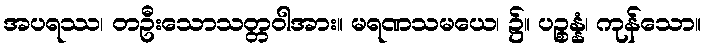
အပရဿ၊ တဦးသောသတ္တဝါအား။ မရဏသမယေ၊ ၌။ ပဉ္စန္နံ၊ ကုန်သော။